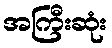
အကြီးဆုံး